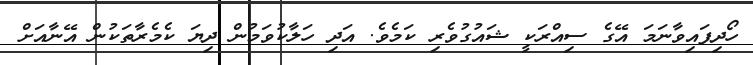
ހޯދިފައިވާނަމަ އޭގެ ސިއްރަކީ ޝައުގުވެރި ކަމެވެ. އަދި ހަލާކުވަމުން ދިޔަ ކެމެރާތަކުން އޭނާއަށް